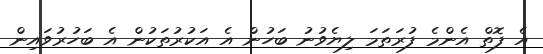
އެ ފޮތް އެންމެ ފުރަތަމަ ލިޔެވުނު ބަހުން އެ އަކުރުތަކުން އެ ބަހުރުވައިން